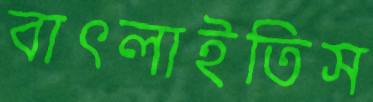
বাৎলাইতিস